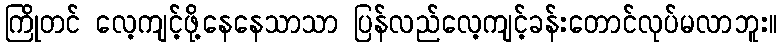
ကြိုတင် လေ့ကျင့်ဖို့နေနေသာသာ ပြန်လည်လေ့ကျင့်ခန်းတောင်လုပ်မလာဘူး။